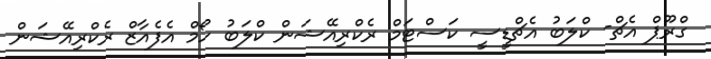
ގްރޫޕް އެޗް- ކްލަބު އެޗްޑީސީ ކަސްޓަމް ރެކްރިއޭޝަން ކްލަބު ހޯމް އެފެއާޒް ރެކްރިއޭޝަން